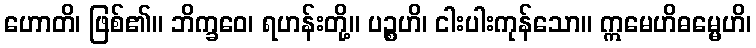
ဟောတိ၊ ဖြစ်၏။ ဘိက္ခဝေ၊ ရဟန်းတို့။ ပဉ္စဟိ၊ ငါးပါးကုန်သော။ ဣမေဟိဓမ္မေဟိ၊